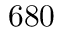
6 8 0